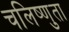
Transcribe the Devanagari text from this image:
चलिष्णुता